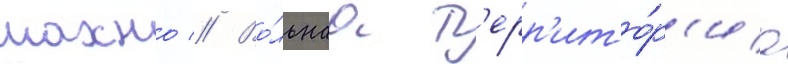
махно // Во́льнаа т'ерр'ито́р'иа